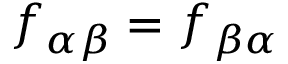
f _ { \alpha \beta } = f _ { \beta \alpha }